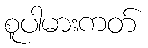
စူပါမားကတ်